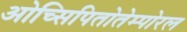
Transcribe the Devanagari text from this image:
ओच्सिपितोतेम्पोरल